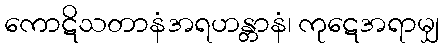
ကောဋိသတာနံအရဟန္တာနံ၊ ကုဋေအရာမျှ